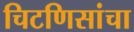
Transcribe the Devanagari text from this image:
चिटणिसांचा